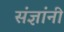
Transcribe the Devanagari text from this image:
संज्ञांनी